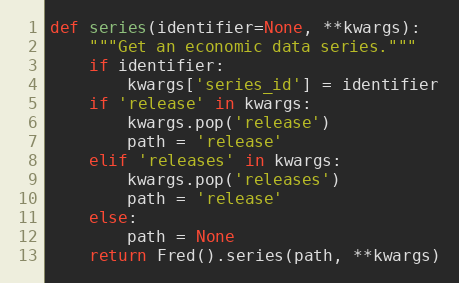
Language: Python
def series(identifier=None, **kwargs):
    """Get an economic data series."""
    if identifier:
        kwargs['series_id'] = identifier
    if 'release' in kwargs:
        kwargs.pop('release')
        path = 'release'
    elif 'releases' in kwargs:
        kwargs.pop('releases')
        path = 'release'
    else:
        path = None
    return Fred().series(path, **kwargs)